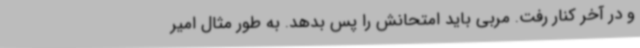
و در آخر کنار رفت. مربی باید امتحانش را پس بدهد. به طور مثال امیر